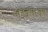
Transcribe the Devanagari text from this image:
जखमावर